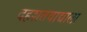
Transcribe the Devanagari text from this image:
दहशतवाद्याला